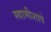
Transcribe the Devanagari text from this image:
स्वामीशापे